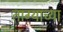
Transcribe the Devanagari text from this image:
ताग्याच्या